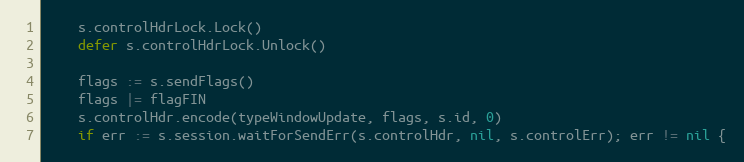
Language: Go
	s.controlHdrLock.Lock()
	defer s.controlHdrLock.Unlock()

	flags := s.sendFlags()
	flags |= flagFIN
	s.controlHdr.encode(typeWindowUpdate, flags, s.id, 0)
	if err := s.session.waitForSendErr(s.controlHdr, nil, s.controlErr); err != nil {